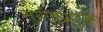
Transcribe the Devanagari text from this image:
सुग्रीवप्रमुखा